Leningradi_Edasi_toimetus, lk 11
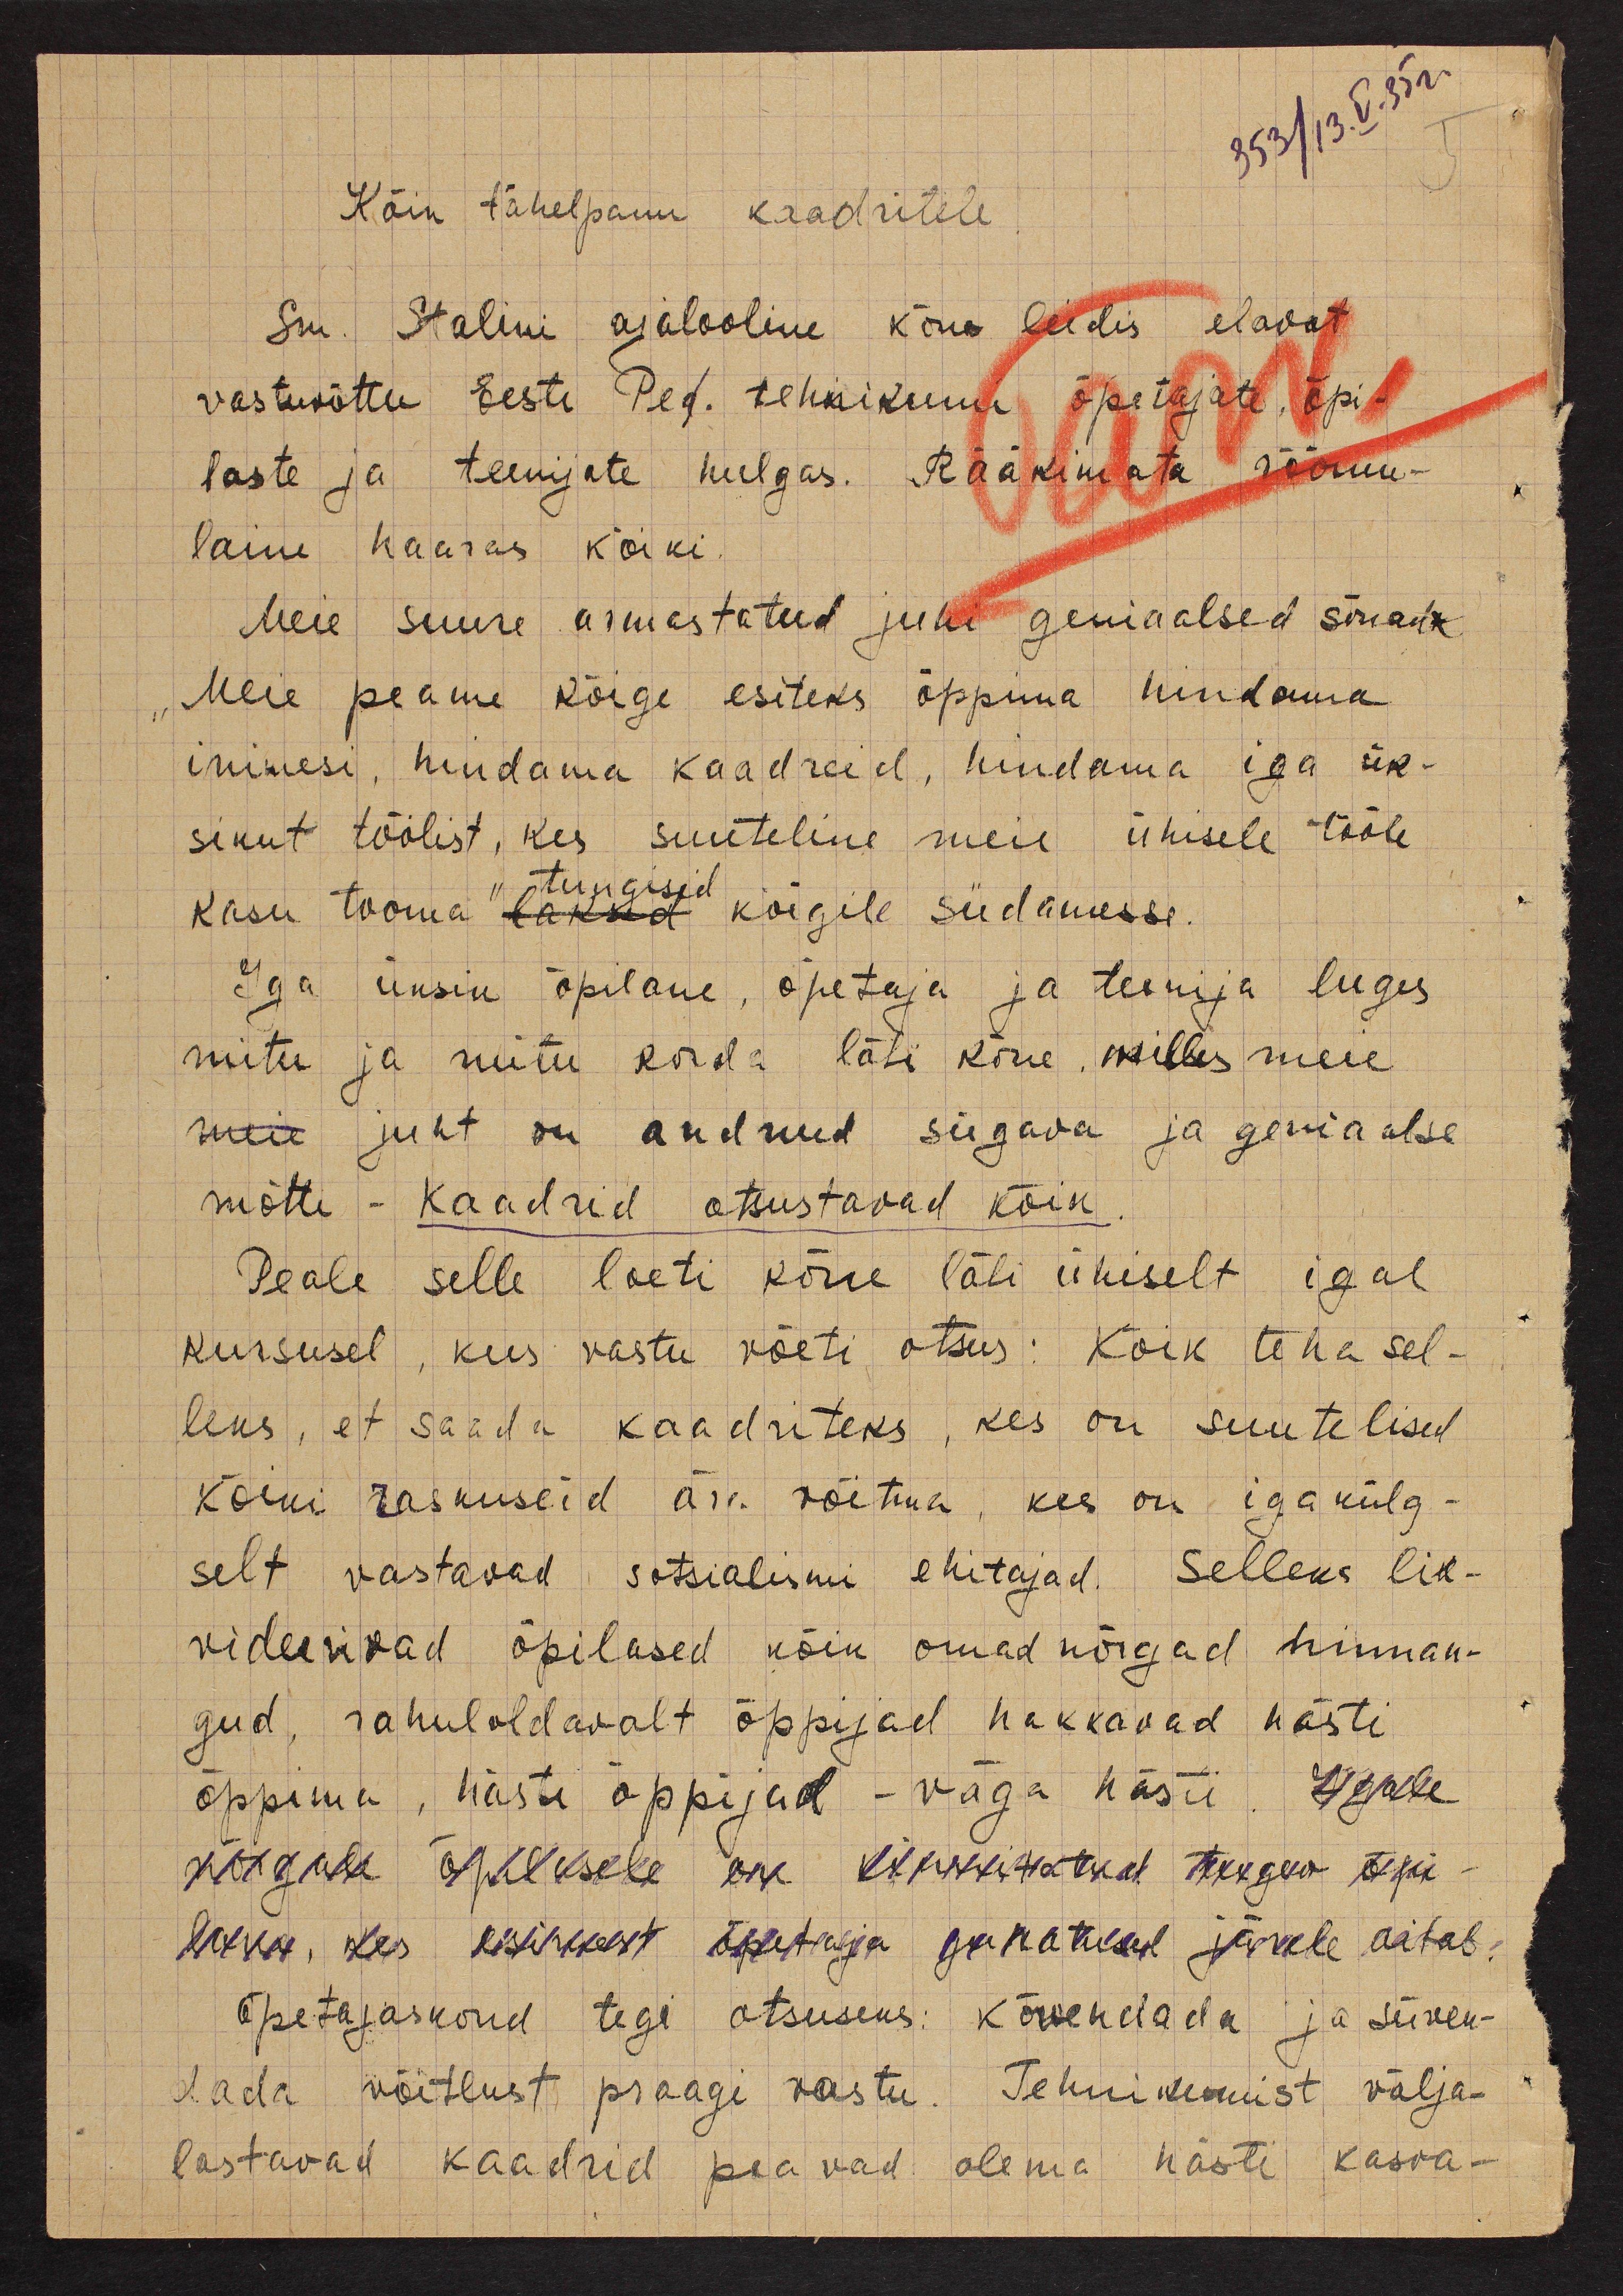
353/13.V.35 г.
Kõik tähelepanu kaadritele
Sm. Stalini ajalooline kõne leidis elavat
vastuvõttu Eesti Ped. tehnikumi õpetajate, õpi-
laste ja teenijate hulgas. Rääkimata rõõmu-
laine kaaras kõiki.
Meie suure armastatud juhi geniaalsed sõnad
Meie peame kõige esiteks õppima hindama
inimesi, hindama kaadreid, hindama iga ük-
sikut töölist, kes suuteline meie ühisele tööle
kasu tooma" laksid kõigile südamesse.
tungisid
Iga üksik õpilane, õpetaja ja teenija luges
mitu ja mitu korda läbi kõne, milles meie
meie juht on andnud sügava ja geniaalse
mõtte - Kaadrid otsustavad kõik.
Peale selle loeti kõne läbi ühiselt igal
kursusel, kus vastu võeti otsus: Kõik teha sel-
leks, et saada kaadriteks, kes on suutelised
kõiki raskuseid ära võitma, kes on iga külg-
selt vastavad sotsialismi ehitajad. Selleks lik-
videerivad õpilased kõik omad nõrgad hinnan-
gud, rahuloldavalt õppijad hakkavad hästi
õppima, hästi õppijad - väga hästi. Igale
nõrgale õpilasele on kinnitatud tugev õpi-
lane, kes esimest õpetaja juhatusel järele aitab.
Õpetajaskond tegi otsuseks: kõvendada ja süven-
lada võitlust praagi vastu. Tehnikumist välja-
lastavad kaadrid peavad olema hästi kasva-